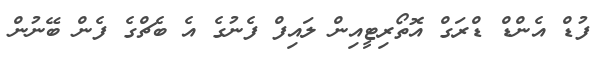
ފުޑް އެންޑް ޑްރަގް އޮތޯރިޓީއިން ލައިފް ފެނުގެ އެ ބެޗްގެ ފެން ބޭނުން